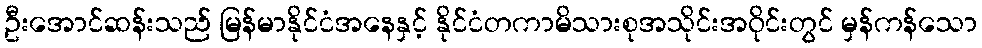
ဦးအောင်ဆန်းသည် မြန်မာနိုင်ငံအနေနှင့် နိုင်ငံတကာမိသားစုအသိုင်းအဝိုင်းတွင် မှန်ကန်သော